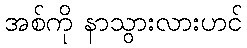
အစ်ကို နာသွားလားဟင်